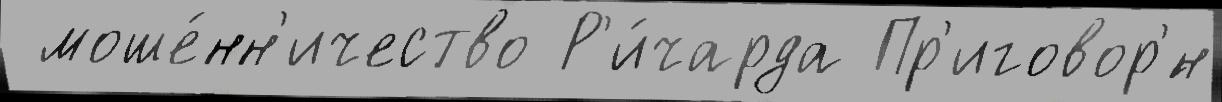
 моше́нн'ичество Р'и́чарда Пр'иговор'́н